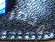
محضر